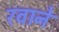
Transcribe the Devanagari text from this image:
रवाने